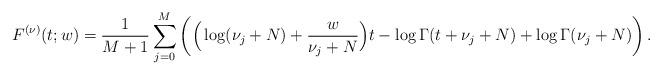
LaTeX: \begin{align*} F^{(\nu)}(t; w) = \frac{1}{M + 1} \sum^M_{j = 0} \left( \Big(\log(\nu_j + N) + \frac{w}{\nu_j + N}\Big) t - \log \Gamma(t + \nu_j + N) + \log \Gamma(\nu_j + N) \right). \end{align*}